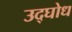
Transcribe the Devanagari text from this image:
उद्घोध